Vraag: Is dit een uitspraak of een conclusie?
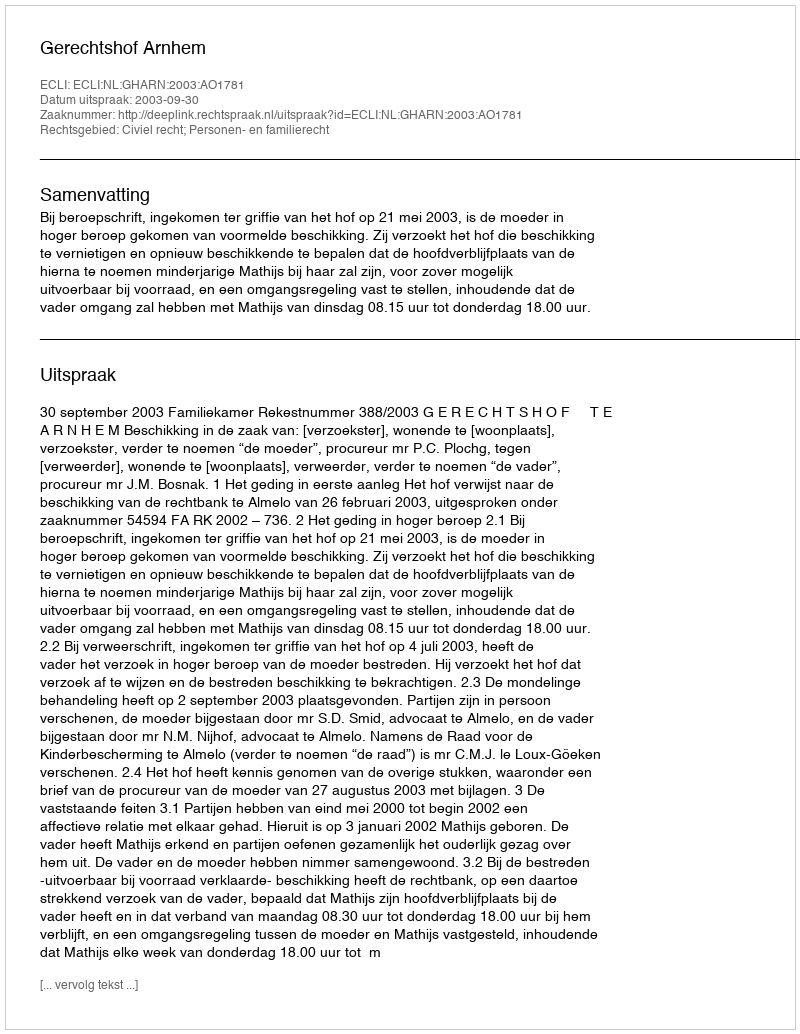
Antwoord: Uitspraak